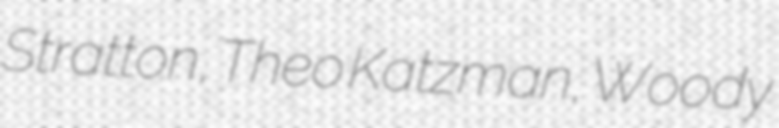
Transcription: Stratton, Theo Katzman, Woody